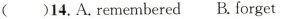
()14.A.remembered B.forget